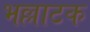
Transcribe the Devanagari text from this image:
भल्लाटक